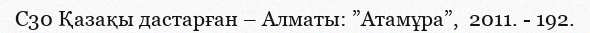
С30 Қазақы дастарған – Алматы: ”Атамұра”,  2011. - 192.